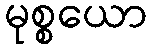
မုစ္စယော